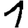
Digit: 1